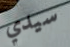
سيدي